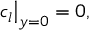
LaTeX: \left. c _ { l } \right| _ { y = 0 } = 0 ,